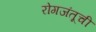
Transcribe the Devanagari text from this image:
रोगजंतूची